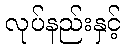
လုပ်နည်းနှင့်